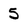
Character: 5